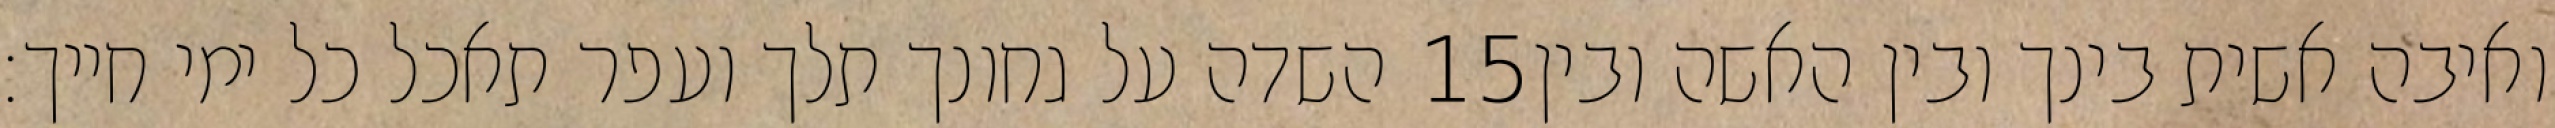
השדה על גחונך תלך ועפר תאכל כל ימי חייך׃ ‎15‏ ואיבה אשית בינך ובין האשה ובין